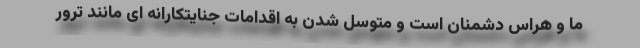
ما و هراس دشمنان است و متوسل شدن به اقدامات جنایتکارانه ای مانند ترور